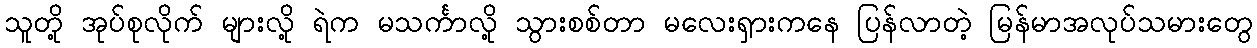
သူတို့ အုပ်စုလိုက် များလို့ ရဲက မသင်္ကာလို့ သွားစစ်တာ မလေးရှားကနေ ပြန်လာတဲ့ မြန်မာအလုပ်သမားတွေ